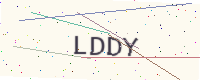
Text: LDDY